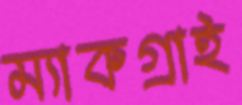
ম্যাকগ্রাই